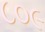
૮૦૯